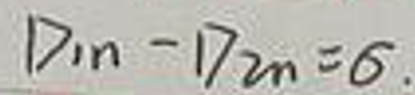
$D_{1n}-D_{2n}=6.$